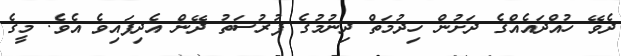
ދެވޭ ހުއްދައެއްގެ ދަށުން ހިދުމަތް ދިނުމުގެ ފުރުސަތު ދޭން އެދިފައިވެ އެވެ. މީގެ